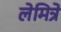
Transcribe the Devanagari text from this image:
लेमित्रे